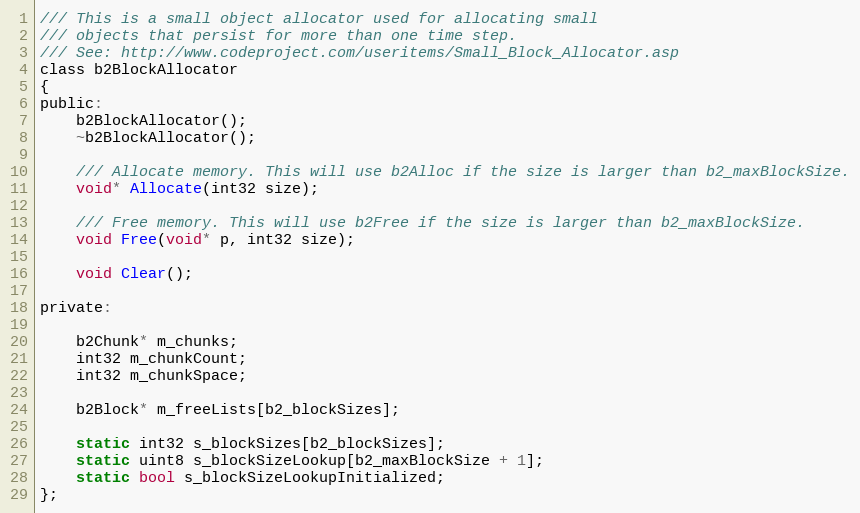
Language: C
/// This is a small object allocator used for allocating small
/// objects that persist for more than one time step.
/// See: http://www.codeproject.com/useritems/Small_Block_Allocator.asp
class b2BlockAllocator
{
public:
	b2BlockAllocator();
	~b2BlockAllocator();

	/// Allocate memory. This will use b2Alloc if the size is larger than b2_maxBlockSize.
	void* Allocate(int32 size);

	/// Free memory. This will use b2Free if the size is larger than b2_maxBlockSize.
	void Free(void* p, int32 size);

	void Clear();

private:

	b2Chunk* m_chunks;
	int32 m_chunkCount;
	int32 m_chunkSpace;

	b2Block* m_freeLists[b2_blockSizes];

	static int32 s_blockSizes[b2_blockSizes];
	static uint8 s_blockSizeLookup[b2_maxBlockSize + 1];
	static bool s_blockSizeLookupInitialized;
};